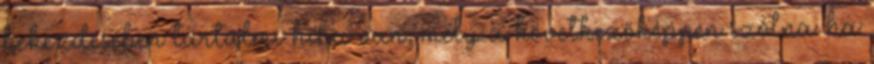
bekezdésében tartalmi hiba van, mely a következőképpen szólna: ha